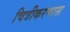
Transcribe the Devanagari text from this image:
चित्रीकरणास